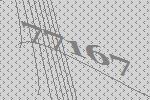
77167